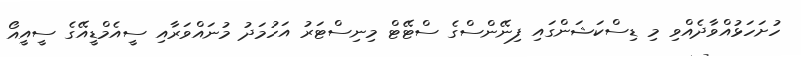
ހުށަހަޅުއްވާދެއްވި މި ޑިސްކަޝަންގައި ފިނޭންސްގެ ސްޓޭޓް މިނިސްޓަރު އަހުމަދު މުނައްވަރާއި ސީއެމްޑީއޭގެ ސީއީއޯ